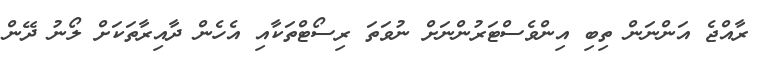
ރާއްޖެ އަންނަން ތިބި އިންވެސްޓަރުންނަށް ނުވަތަ ރިސޯޓްތަކާއި އެހެން ދާއިރާތަކަށް ލޯނު ދޭން